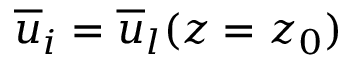
\overline { { u } } _ { i } = \overline { { u } } _ { l } ( z = z _ { 0 } )